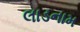
લાડનામ